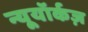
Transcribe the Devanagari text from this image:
न्यूयॉर्कज़